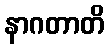
နာဂတာတိ